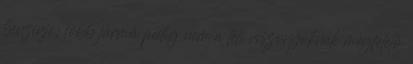
benzinje; több jármű pedig nem a téli viszonyoknak megfelelő